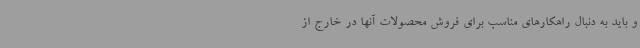
و باید به دنبال راهکارهای مناسب برای فروش محصولات آنها در خارج از